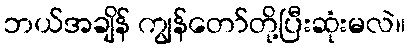
ဘယ်အချိန် ကျွန်တော်တို့ပြီးဆုံးမလဲ။